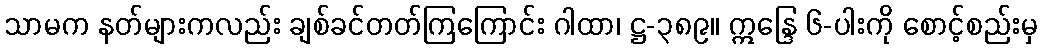
သာမက နတ်များကလည်း ချစ်ခင်တတ်ကြကြောင်း ဂါထာ၊ ဋ္ဌ-၃၈၉။ ဣန္ဒြေ ၆-ပါးကို စောင့်စည်းမှ